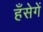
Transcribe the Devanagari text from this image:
हँसेगें